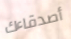
أصدقاءك